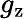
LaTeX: g_{\mathrm{z}}